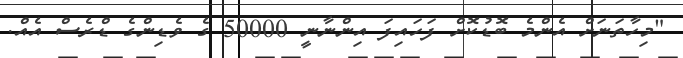
"މިހާތަނަށް އެންމެ ބޮޑުކޮށް ފަހައިފަ އިންނާނީ 50000 ގެ ވެޑިންގެ ޑްރެސް އެއް.